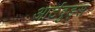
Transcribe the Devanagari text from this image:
आर्टवुड्स